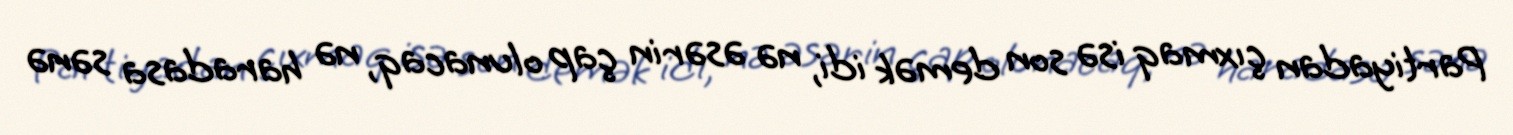
Partiyadan çıxmaq isə son demək idi, nə əsərin çap olunacaq, nə haradasa sənə